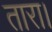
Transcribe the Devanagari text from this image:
तारा।